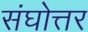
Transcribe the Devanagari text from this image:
संघोत्तर